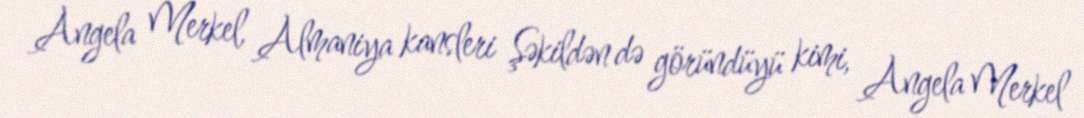
Angela Merkel, Almaniya kansleri Şəkildən də göründüyü kimi, Angela Merkel